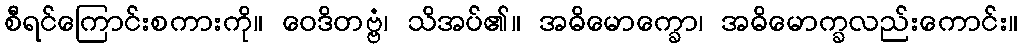
စီရင်ကြောင်းစကားကို။ ဝေဒိတဗ္ဗံ၊ သိအပ်၏။ အဓိမောက္ခော၊ အဓိမောက္ခလည်းကောင်း။